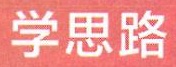
学思路